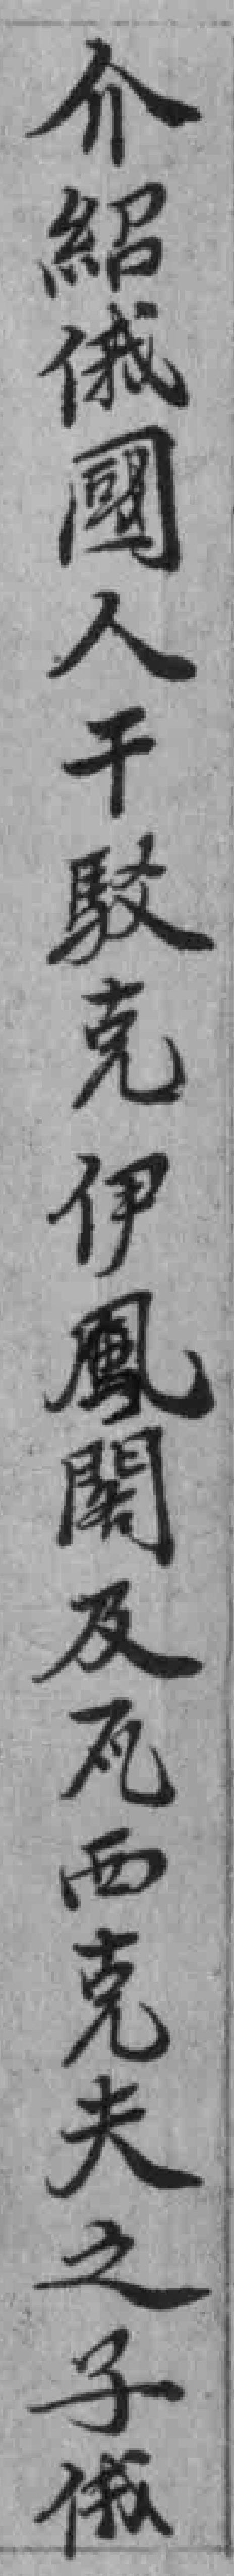
介紹俄國人干駁克伊鳳閣及瓦西克夫之子俄